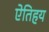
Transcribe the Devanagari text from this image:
ऐतिहय